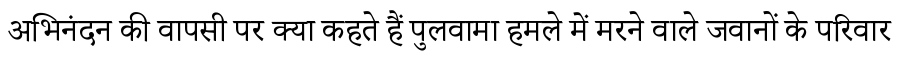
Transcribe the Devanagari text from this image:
अभिनंदन की वापसी पर क्या कहते हैं पुलवामा हमले में मरने वाले जवानों के परिवार